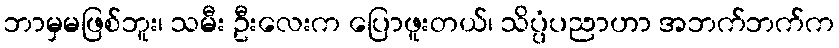
ဘာမှမဖြစ်ဘူး၊ သမီး ဦးလေးက ပြောဖူးတယ်၊ သိပ္ပံပညာဟာ အဘက်ဘက်က